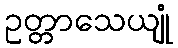
ဥတ္တာသေယျုံ